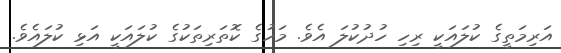
އަރިމަތީގެ ކުލައަކީ ރިހި ހުދުކުލަ އެވެ. މަހުގެ ކޮތަރިތަކުގެ ކުލައަކީ އަޅި ކުލައެވެ.